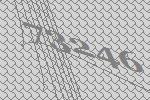
73246